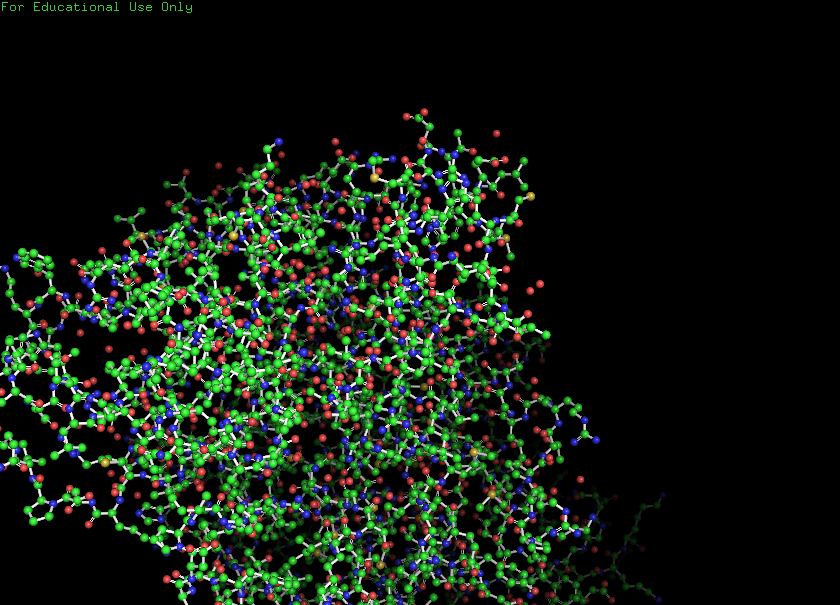
pymol, preset, ball_and_stick